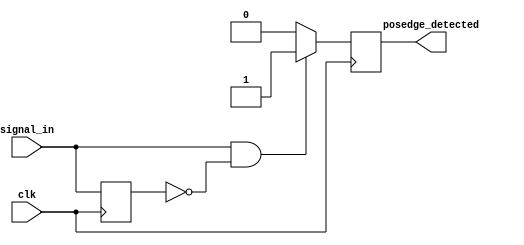
module posedge_detector (
    input wire clk,              // Clock input
    input wire signal_in,        // Input signal to detect edges
    output reg posedge_detected   // Output pulse for rising edge detection
);

// Register to store the previous state of the input signal
reg signal_in_prev;

// Always block to detect rising edge on the input signal
always @(posedge clk) begin
    // Check for rising edge
    if (signal_in == 1'b1 && signal_in_prev == 1'b0) begin
        posedge_detected <= 1'b1; // Set output high for one clock cycle
    end else begin
        posedge_detected <= 1'b0; // Reset output to low
    end

    // Update previous state
    signal_in_prev <= signal_in; // Store current state for next clock cycle
end

endmodule